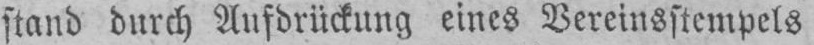
stand durch Aufdrückung eines Vereinsstempels